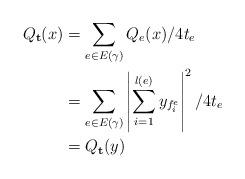
LaTeX: \begin{align*} Q_{\mathbf{t}}(x) &= \sum_{e \in E(\gamma)} Q_e(x)/4t_e\\ &= \sum_{e \in E(\gamma)}\left| \sum_{i = 1}^{l(e)}y_{f^e_i}\right|^2/4t_e\\ &= Q_{\mathbf{t}}(y) \end{align*}